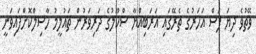
ވޭތުވެ ދިޔަ ފަސް އަހަރުގެ ތެރޭގައި އަރަބިއްޔާ ސްކޫލުގެ ދަރިވަރުން ތައުލީމު ހާސިލްކޮށްފައިވަނީ